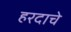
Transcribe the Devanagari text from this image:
हरदाचे